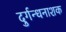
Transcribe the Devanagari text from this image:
दुर्गन्धनाशक